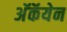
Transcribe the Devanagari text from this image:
अॅकॅयेन